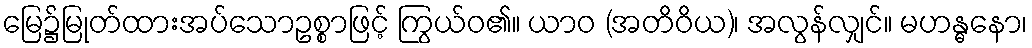
မြေ၌မြုတ်ထားအပ်သောဥစ္စာဖြင့် ကြွယ်ဝ၏။ ယာဝ (အတိဝိယ)၊ အလွန်လျှင်။ မဟန္ဓနော၊